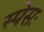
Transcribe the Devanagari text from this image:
स्पेसः